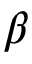
\beta